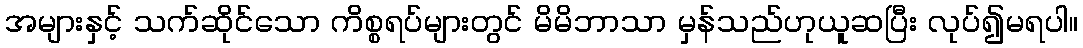
အများနှင့် သက်ဆိုင်သော ကိစ္စရပ်များတွင် မိမိဘာသာ မှန်သည်ဟုယူဆပြီး လုပ်၍မရပါ။